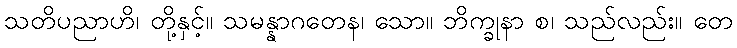
သတိပညာဟိ၊ တို့နှင့်။ သမန္နာဂတေန၊ သော။ ဘိက္ခုနာ စ၊ သည်လည်း။ တေ